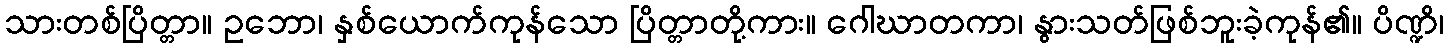
သားတစ်ပြိတ္တာ။ ဥဘော၊ နှစ်ယောက်ကုန်သော ပြိတ္တာတို့ကား။ ဂေါဃာတကာ၊ နွားသတ်ဖြစ်ဘူးခဲ့ကုန်၏။ ပိဏ္ဍိ၊